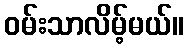
ဝမ်းသာလိမ့်မယ်။